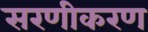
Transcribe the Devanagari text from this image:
सरणीकरण